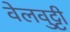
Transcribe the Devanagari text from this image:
वेलवुट्टी